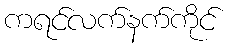
ကရင်လက်နက်ကိုင်